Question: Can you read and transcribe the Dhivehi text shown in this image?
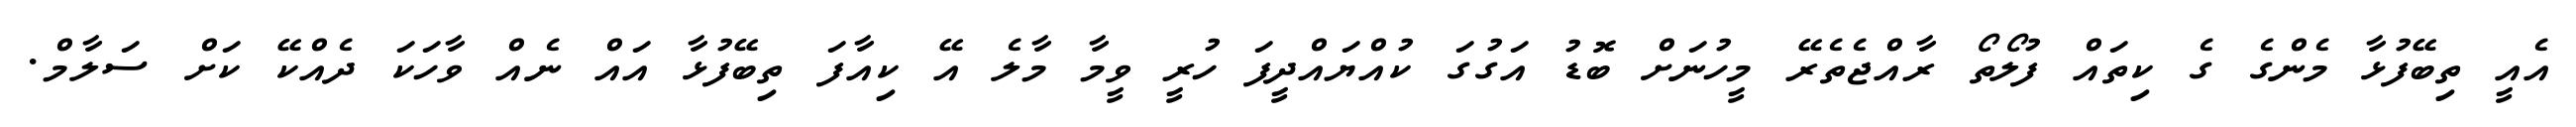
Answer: އެއީ ތިބޭފުޅާ މެންގެ ގެ ކިތައް ފުލޯތޯ ރާއްޖެތެރޭ މީހުނަށް ބޮޑު އަގުގަ ކުއްޔައްދީފަ ހުރީ ވީމާ މާލެ އޭ ކިއާފަ ތިބޭފުޅާ އައް ނެއް ވާހަކަ ދެއްކޭ ކަށް ސަލާމް.